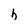
Character: h